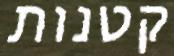
קטנות